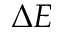
\Delta E